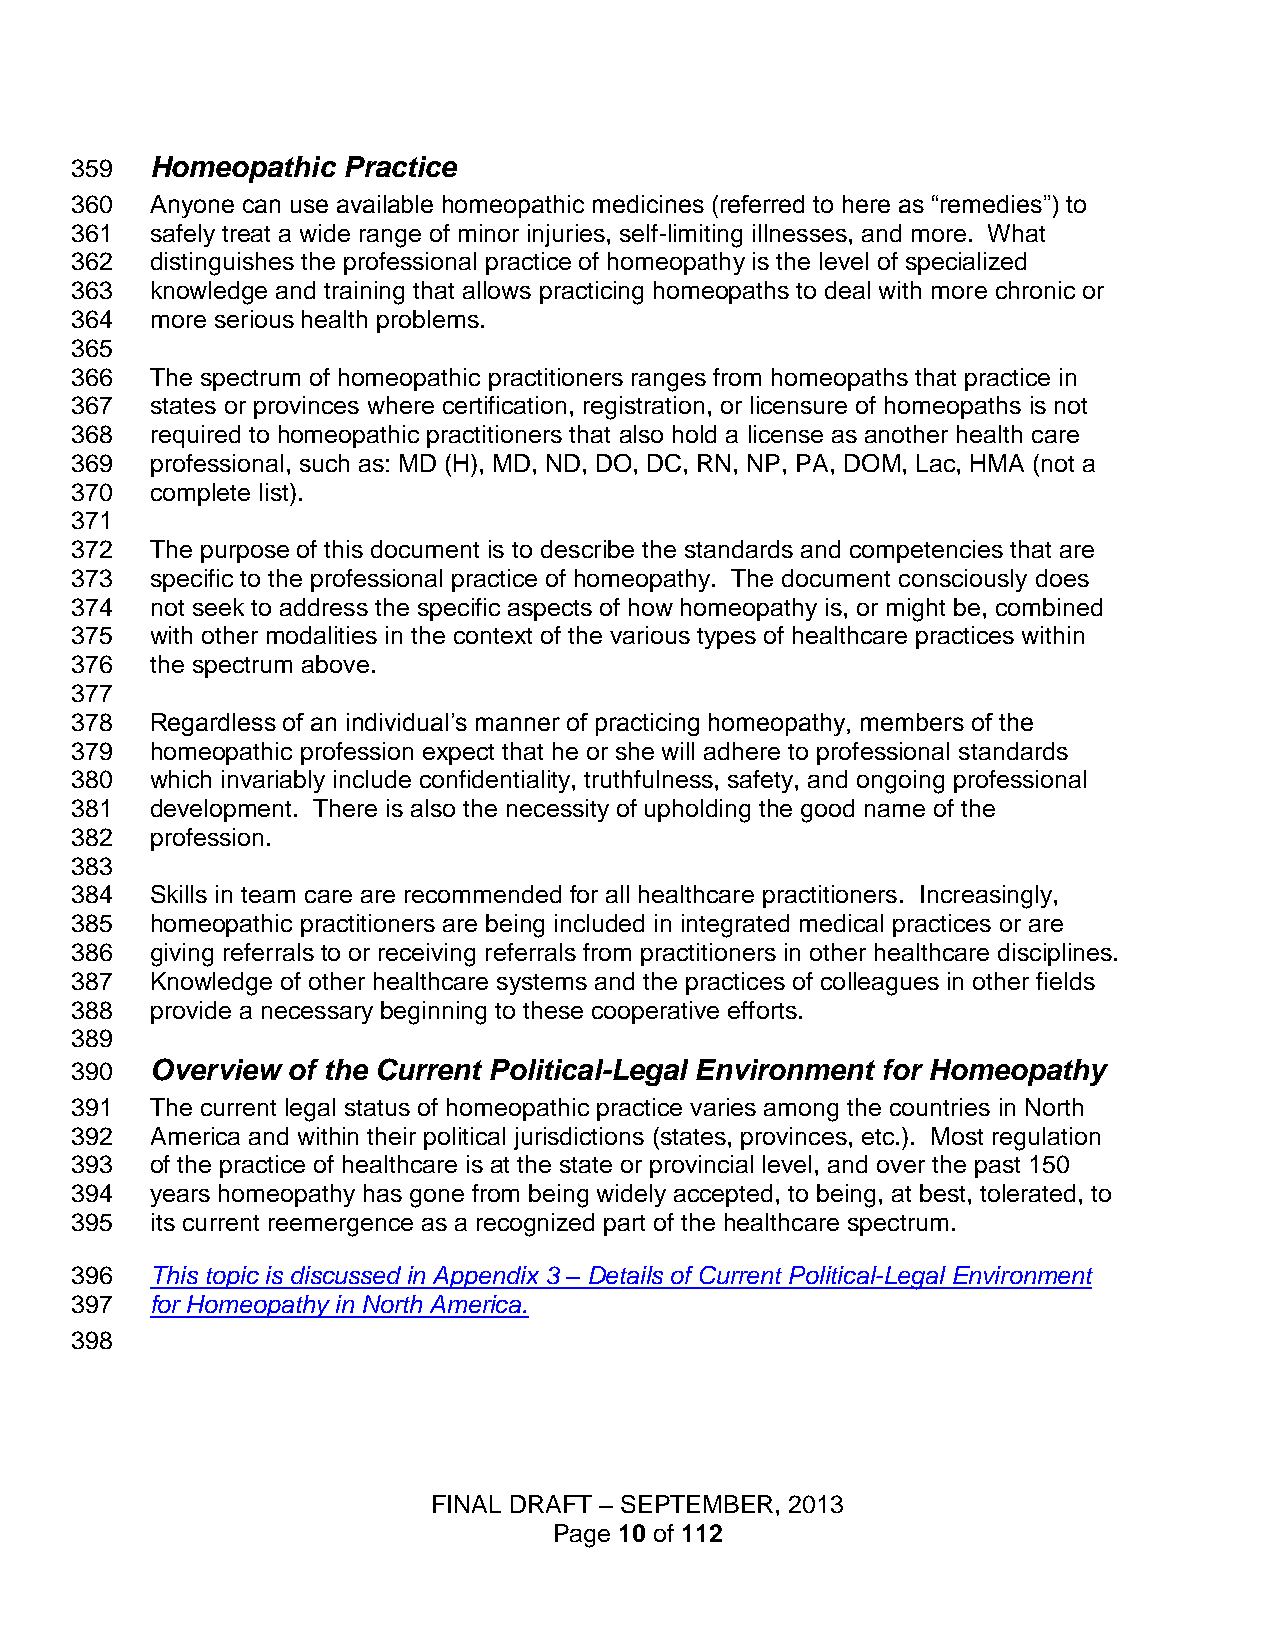
359  Homeopathic  Practice
 360  Anyone can use available homeopathic medicines (referred to here as “remedies”) to
 361  safely treat a wide range of minor injuries, self-limiting illnesses, and more. What
 362  distinguishes the professional practice of homeopathy is the level of specialized
 363  knowledge and training that allows practicing homeopaths to deal with more chronic or
 364  more serious health problems.
 365
 366  The spectrum of homeopathic practitioners ranges from homeopaths that practice in
 367  states or provinces where certification, registration, or licensure of homeopaths is not
 368  required to homeopathic practitioners that also hold a license as another health care
 369  professional, such as: MD (H), MD, ND, DO, DC, RN, NP, PA, DOM, Lac, HMA (not a
 370  complete list).
 371
 372  The purpose of this document is to describe the standards and competencies that are
 373  specific to the professional practice of homeopathy. The document consciously does
 374  not seek to address the specific aspects of how homeopathy is, or might be, combined
 375  with other modalities in the context of the various types of healthcare practices within
 376  the spectrum above.
 377
 378  Regardless of an individual’s manner of practicing homeopathy, members of the
 379  homeopathic profession expect that he or she will adhere to professional standards
 380  which invariably include confidentiality, truthfulness, safety, and ongoing professional
 381  development. There is also the necessity of upholding the good name of the
 382  profession.
 383
 384  Skills in team care are recommended for all healthcare practitioners. Increasingly,
 385  homeopathic practitioners are being included in integrated medical practices or are
 386  giving referrals to or receiving referrals from practitioners in other healthcare disciplines.
 387  Knowledge of other healthcare systems and the practices of colleagues in other fields
 388  provide a necessary beginning to these cooperative efforts.
 389
 390  Overview of the Current Political-Legal Environment for Homeopathy
 391  The current legal status of homeopathic practice varies among the countries in North
 392  America and within their political jurisdictions (states, provinces, etc.). Most regulation
 393  of the practice of healthcare is at the state or provincial level, and over the past 150
 394  years homeopathy has gone from being widely accepted, to being, at best, tolerated, to
 395  its current reemergence as a recognized part of the healthcare spectrum.
 396  This topic is discussed in Appendix 3 – Details of Current Political-Legal Environment
 397  for Homeopathy in North America.
 398
 FINAL DRAFT – SEPTEMBER, 2013
 Page 10 of 112